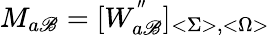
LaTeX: M_{a\mathscr{B}}=[W_{a\mathscr{B}}^{^{\prime\prime}}]_{<\Sigma>,<\Omega>}